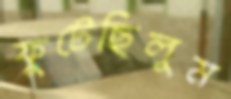
ফুটেছিলুম